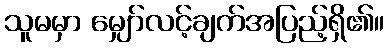
သူမမှာ မျှော်လင့်ချက်အပြည့်ရှိ၏။